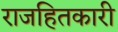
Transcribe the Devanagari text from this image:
राजहितकारी